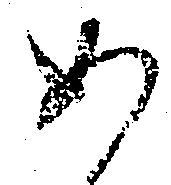
め